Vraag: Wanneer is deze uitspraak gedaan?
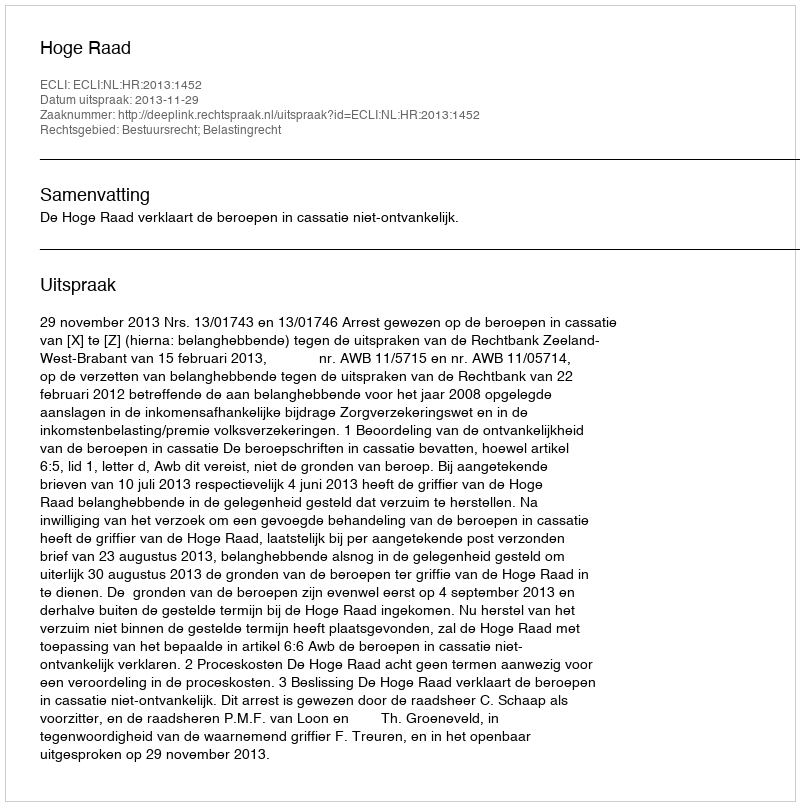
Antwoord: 2013-11-29